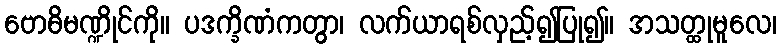
ဗောဓိမဏ္ဍိုင်ကို။ ပဒက္ခိဏံကတွာ၊ လက်ယာရစ်လှည့်၍ပြု၍။ အသတ္ထုမူလေ၊